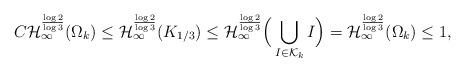
LaTeX: \begin{align*}C\mathcal{H}^{\frac{\log 2}{\log 3}}_{\infty}(\Omega_{k})\leq\mathcal{H}^{\frac{\log 2}{\log 3}}_{\infty}(K_{1/3})\leq \mathcal{H}^{\frac{\log 2}{\log 3}}_{\infty}\Big (\bigcup_{I\in\mathcal{K}_k}I\Big )=\mathcal{H}^{\frac{\log 2}{\log 3}}_{\infty}(\Omega_{k})\le 1,\end{align*}